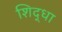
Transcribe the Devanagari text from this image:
शिद्धा